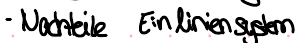
- Nachteile Einliniensystem